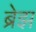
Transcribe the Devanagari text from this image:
ब्रेझ